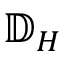
\mathbb { D } _ { H }